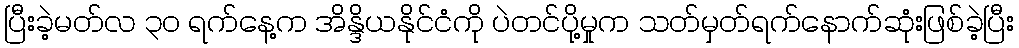
ပြီးခဲ့မတ်လ ၃၀ ရက်နေ့က အိန္ဒိယနိုင်ငံကို ပဲတင်ပို့မှုက သတ်မှတ်ရက်နောက်ဆုံးဖြစ်ခဲ့ပြီး